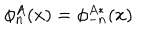
\phi _ { n } ^ { A } ( x ) = \phi _ { - n } ^ { A \ast } ( x )